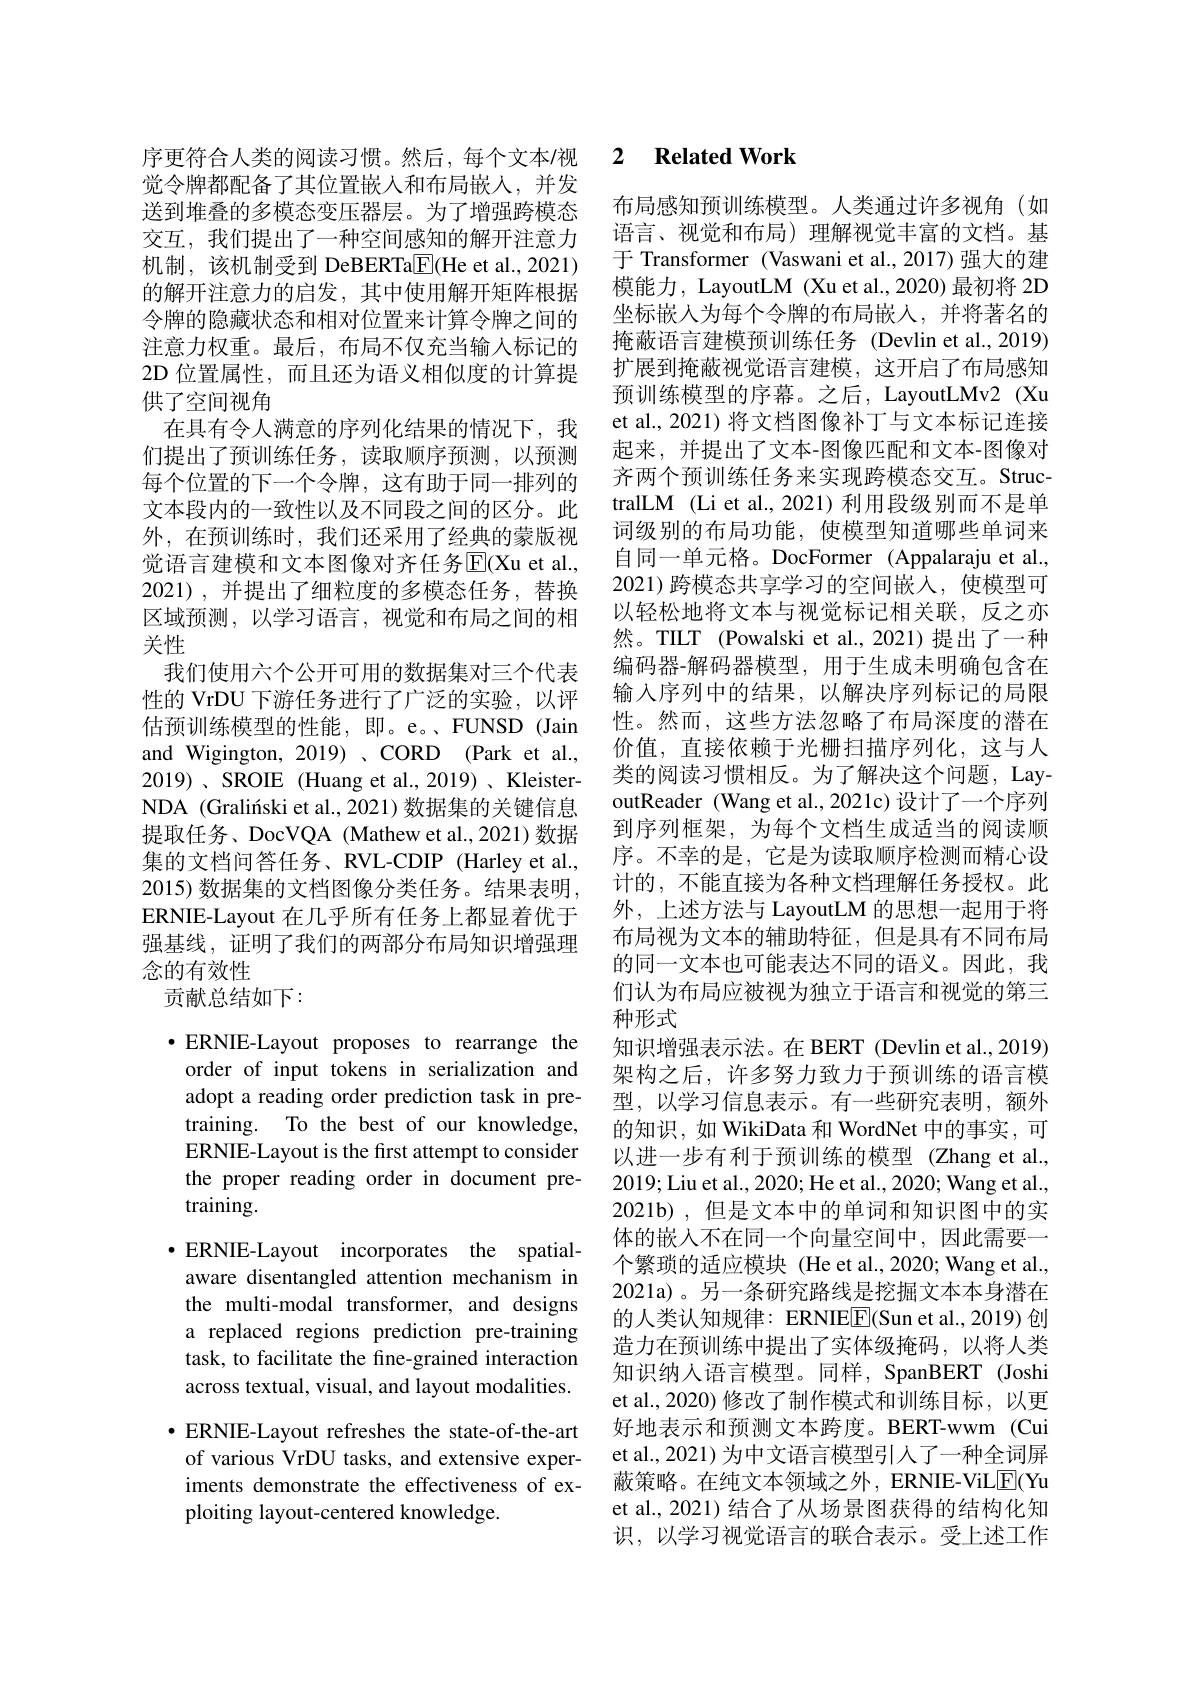
觉令牌都配备了其位置嵌人和布局嵌入，并发送到堆叠的多模态变压器层。为了增强跨模态交互，我们提出了一种空间感知的解开注意力机制，该机制受到 DeBERTa$\underline{\mathrm{E}}($He et al.,2021) 的解开注意力的启发，其中使用解开矩阵根据令牌的隐藏状态和相对位置来计算令牌之间的注意力权重。最后，布局不仅充当输入标记的2D 位置属性，而且还为语义相似度的计算提供了空间视角
在具有令人满意的序列化结果的情况下，我们提出了预训练任务，读取顺序预测，以预测每个位置的下一个令牌，这有助于同一排列的文本段内的一致性以及不同段之间的区分。此外，在预训练时，我们还采用了经典的蒙版视觉语言建模和文本图像对齐任务$\overline{\mathrm{E}}($Xu et al., 2021),并提出了细粒度的多模态任务，替换区域预测，以学习语言，视觉和布局之间的相关性
我们使用六个公开可用的数据集对三个代表性的 VrDU 下游任务进行了广泛的实验，以评估预训练模型的性能，即。e。、FUNSD(Jain and Wigington, 2019)、CORD (Park et al., 2019)、SROIE (Huang et al., 2019)、KleisterNDA (Graliński et al., 2021) 数据集的关键信息提取任务、DocVQA (Mathew et al.,2021)数据集的文档问答任务、RVL-CDIP (Harley et al., 2015) 数据集的文档图像分类任务。结果表明， ERNIE-Layout 在几乎所有任务上都显着优于强基线，证明了我们的两部分布局知识增强理念的有效性
贡献总结如下：

$\bullet$ERNIE-Layout proposes to rearrange the order of input tokens in serialization and adopt a reading order prediction task in pretraining. To the best of our knowledge, ERNIE-Layout is the frst attempt to consider the proper reading order in document pretraining.
$\bullet$ERNIE-Layout incorporates the spatialaware disentangled attention mechanism in the multi-modal transformer, and designs a replaced regions prediction pre-training task, to facilitate the fine-grained interaction across textual, visual, and layout modalities. $\bullet$ ERNIE-Layout refreshes the state-of-the-art of various VrDU tasks, and extensive experiments demonstrate the effectiveness of exploiting layout-centered knowledge.

## 序更符合人类的阅读习惯。然后，每个文本/视 2 Related Work

布局感知预训练模型。人类通过许多视角(如语言、视觉和布局)理解视觉丰富的文档。基于 Transformer (Vaswani et al.,2017) 强大的建模能力，LayoutLM (Xu et al., 2020) 最初将 2D 坐标嵌入为每个令牌的布局嵌人，并将著名的掩蔽语言建模预训练任务 (Devlin et al., 2019) 扩展到掩蔽视觉语言建模，这开启了布局感知预训练模型的序幕。之后，LayoutLMv2 (Xu et al., 2021) 将文档图像补丁与文本标记连接起来，并提出了文本-图像匹配和文本-图像对齐两个预训练任务来实现跨模态交互。StructralLM (Li et al., 2021) 利用段级别而不是单词级别的布局功能，使模型知道哪些单词来自同一单元格。DocFormer (Appalaraju et al., 2021) 跨模态共享学习的空间嵌入，使模型可以轻松地将文本与视觉标记相关联，反之亦然。TILT (Powalski et al.,2021)提出了一种编码器-解码器模型，用于生成未明确包含在输入序列中的结果，以解决序列标记的局限性。然而，这些方法忽略了布局深度的潜在价值，直接依赖于光栅扫描序列化，这与人类的阅读习惯相反。为了解决这个问题，LayoutReader (Wang et al., 2021c) 设计了一个序列到序列框架，为每个文档生成适当的阅读顺序。不幸的是，它是为读取顺序检测而精心设计的，不能直接为各种文档理解任务授权。此外，上述方法与 LayoutLM 的思想一起用于将布局视为文本的辅助特征，但是具有不同布局的同一文本也可能表达不同的语义。因此，我们认为布局应被视为独立于语言和视觉的第三种形式
知识增强表示法。在 BERT (Devlin et al., 2019) 架构之后，许多努力致力于预训练的语言模型，以学习信息表示。有一些研究表明，额外的知识，如 WikiData 和 WordNet 中的事实，可以进一步有利于预训练的模型 (Zhang et al., 2019;Liu et al., 2020; He et al., 2020; Wang et al., 2021b),但是文本中的单词和知识图中的实体的嵌入不在同一个向量空间中，因此需要一个繁琐的适应模块 (He et al.,2020; Wang et al., 2021a)。另一条研究路线是挖掘文本本身潜在的人类认知规律：ERNIEE(Sun et al.,2019) 创造力在预训练中提出了实体级掩码，以将人类知识纳人语言模型。同样，SpanBERT (Joshi et al.,2020) 修改了制作模式和训练目标，以更好地表示和预测文本跨度。BERT-wwm (Cui et al., 2021) 为中文语言模型引人了一种全词屏蔽策略。在纯文本领域之外，ERNIE-ViL$\underline{\mathrm{E}}($Yu et al., 2021) 结合了从场景图获得的结构化知识，以学习视觉语言的联合表示。受上述工作